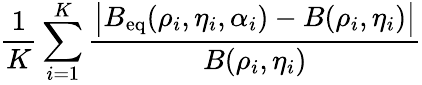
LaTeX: \frac{1}{K}\sum_{i=1}^{K}\frac{\big|B_{\mathrm{eq}}(\rho_{i},\eta_{i},\alpha_{i})-B(\rho_{i},\eta_{i})\big|}{B(\rho_{i},\eta_{i})}